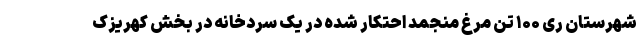
شهرستان ری ۱۰۰ تن مرغ منجمد احتکار شده در یک سردخانه در بخش کهریزک